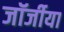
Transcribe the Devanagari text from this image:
जॉर्जीया